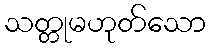
သတ္တုမဟုတ်သော